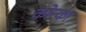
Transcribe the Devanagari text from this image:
कोन्का